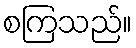
စကြသည်။